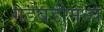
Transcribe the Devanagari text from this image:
गडबडीमध्ये